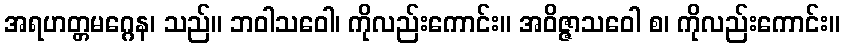
အရဟတ္တမဂ္ဂေန၊ သည်။ ဘဝါသဝေါ၊ ကိုလည်းကောင်း။ အဝိဇ္ဇာသဝေါ စ၊ ကိုလည်းကောင်း။